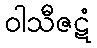
ဝါသီဇဋံ